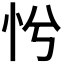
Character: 𢗴